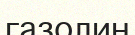
газолин